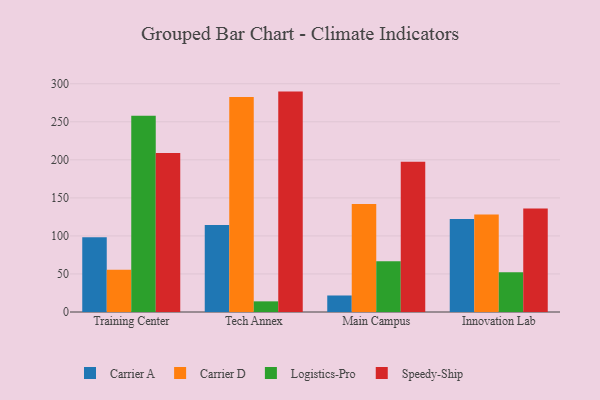
{"axis": {"x": "Campus", "y": "Market Share (%)"}, "legend": ["Carrier A", "Carrier D", "Logistics-Pro", "Speedy-Ship"], "data": [{"x": "Training Center", "y": 98.4, "type": "Carrier A"}, {"x": "Training Center", "y": 55.5, "type": "Carrier D"}, {"x": "Training Center", "y": 257.8, "type": "Logistics-Pro"}, {"x": "Training Center", "y": 208.9, "type": "Speedy-Ship"}, {"x": "Tech Annex", "y": 114.4, "type": "Carrier A"}, {"x": "Tech Annex", "y": 282.7, "type": "Carrier D"}, {"x": "Tech Annex", "y": 14.0, "type": "Logistics-Pro"}, {"x": "Tech Annex", "y": 289.7, "type": "Speedy-Ship"}, {"x": "Main Campus", "y": 21.7, "type": "Carrier A"}, {"x": "Main Campus", "y": 141.9, "type": "Carrier D"}, {"x": "Main Campus", "y": 66.8, "type": "Logistics-Pro"}, {"x": "Main Campus", "y": 197.6, "type": "Speedy-Ship"}, {"x": "Innovation Lab", "y": 122.4, "type": "Carrier A"}, {"x": "Innovation Lab", "y": 128.1, "type": "Carrier D"}, {"x": "Innovation Lab", "y": 52.2, "type": "Logistics-Pro"}, {"x": "Innovation Lab", "y": 136.2, "type": "Speedy-Ship"}]}